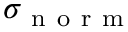
\sigma _ { \mathrm { ~ n ~ o ~ r ~ m ~ } }